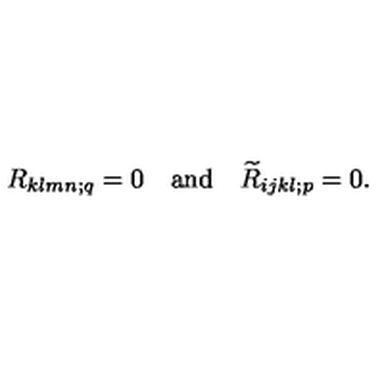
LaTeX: R _ { k l m n ; q } = 0 \quad \mathrm { a n d } \quad \widetilde { R } _ { i j k l ; p } = 0 .